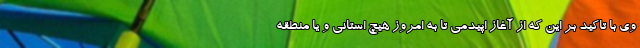
وی با تاکید بر این که از آغاز اپیدمی تا به امروز هیچ استانی و یا منطقه